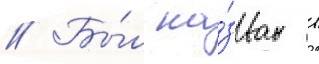
// Бы́л на́зван в